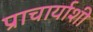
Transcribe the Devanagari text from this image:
प्राचार्याशी